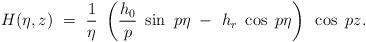
LaTeX: \begin{align*}H (\eta,z) ~=~ \frac 1 \eta ~\left( \frac {h_{0}} p ~\sin ~p \eta ~-~ h_{r} ~ \cos ~p \eta \right)~ \cos~p z.\end{align*}